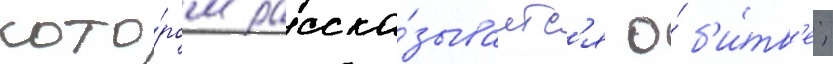
кото́ром расска́зываетс'я о́ б'и́тв'е;